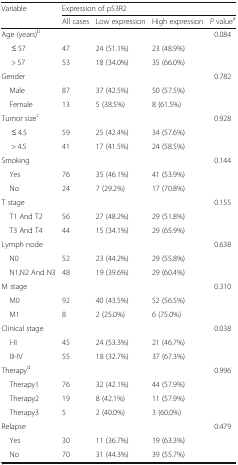
| <ROWSPAN=2> Variable | <COLSPAN=4> Expression of p53R2 |
 | All cases | Low expression | High expression | P valuea |
 | --- | --- | --- | --- | --- |
 | Age (years)b |  |  |  | 0.084 |
 | ≤ 57 | 47 | 24 (51.1%) | 23 (48.9%) |  |
 | > 57 | 53 | 18 (34.0%) | 35 (66.0%) |  |
 | Gender |  |  |  | 0.782 |
 | Male | 87 | 37 (42.5%) | 50 (57.5%) |  |
 | Female | 13 | 5 (38.5%) | 8 (61.5%) |  |
 | Tumor sizec |  |  |  | 0.928 |
 | ≤ 4.5 | 59 | 25 (42.4%) | 34 (57.6%) |  |
 | > 4.5 | 41 | 17 (41.5%) | 24 (58.5%) |  |
 | Smoking |  |  |  | 0.144 |
 | Yes | 76 | 35 (46.1%) | 41 (53.9%) |  |
 | No | 24 | 7 (29.2%) | 17 (70.8%) |  |
 | T stage |  |  |  | 0.155 |
 | T1 And T2 | 56 | 27 (48.2%) | 29 (51.8%) |  |
 | T3 And T4 | 44 | 15 (34.1%) | 29 (65.9%) |  |
 | Lymph node |  |  |  | 0.638 |
 | N0 | 52 | 23 (44.2%) | 29 (55.8%) |  |
 | N1,N2 And N3 | 48 | 19 (39.6%) | 29 (60.4%) |  |
 | M stage |  |  |  | 0.310 |
 | M0 | 92 | 40 (43.5%) | 52 (56.5%) |  |
 | M1 | 8 | 2 (25.0%) | 6 (75.0%) |  |
 | Clinical stage |  |  |  | 0.038 |
 | I-II | 45 | 24 (53.3%) | 21 (46.7%) |  |
 | III-IV | 55 | 18 (32.7%) | 37 (67.3%) |  |
 | Therapyd |  |  |  | 0.996 |
 | Therapy1 | 76 | 32 (42.1%) | 44 (57.9%) |  |
 | Therapy2 | 19 | 8 (42.1%) | 11 (57.9%) |  |
 | Therapy3 | 5 | 2 (40.0%) | 3 (60.0%) |  |
 | Relapse |  |  |  | 0.479 |
 | Yes | 30 | 11 (36.7%) | 19 (63.3%) |  |
 | No | 70 | 31 (44.3%) | 39 (55.7%) |  |